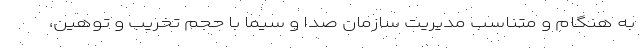
به هنگام و متناسب مدیریت سازمان صدا و سیما با حجم تخریب و توهین،